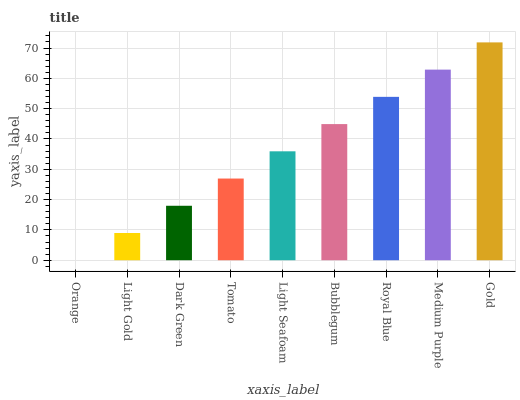
| xaxis_label | bars |
 | --- | --- |
 | Orange | 0 |
 | Light Gold | 8.98 |
 | Dark Green | 18 |
 | Tomato | 26.9 |
 | Light Seafoam | 35.9 |
 | Bubblegum | 44.9 |
 | Royal Blue | 53.9 |
 | Medium Purple | 62.9 |
 | Gold | 71.9 |